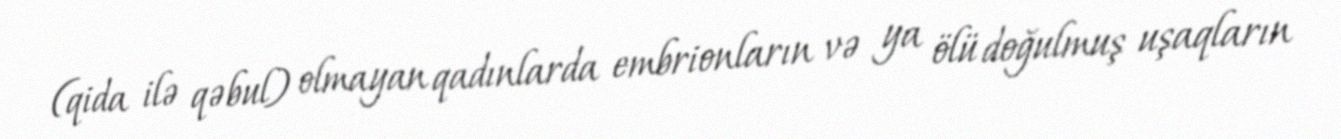
(qida ilə qəbul) olmayan qadınlarda embrionların və ya ölü doğulmuş uşaqların